Subject: stat
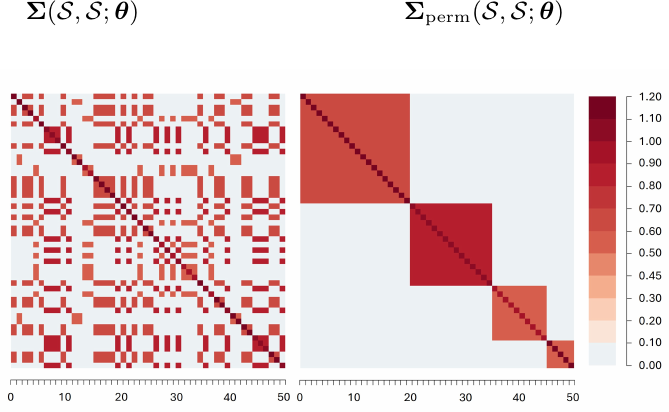
LaTeX code:
    \begin{tikzpicture}
        \node (image) at (0,0) {
        \includegraphics[width=0.7\textwidth]{5791_covperm.jpg}
        };
        \node[above,black] at (-3.2,2.6){\small $\boldsymbol{\Sigma}(\mathcal{S}, \mathcal{S}; \boldsymbol{\theta})$};
        \node[above,black] at (1.9,2.6){\small $\boldsymbol{\Sigma}_{\text{perm}}(\mathcal{S}, \mathcal{S}; \boldsymbol{\theta})$};
    \end{tikzpicture}